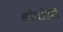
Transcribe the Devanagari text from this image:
कोपांडरो